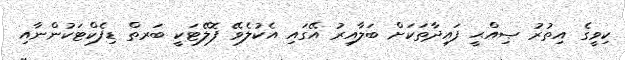
ކިވީގެ އިތުރު ޞިއްޙީ ފައިދާތަކަށް ބަލާއިރު އޭގައި އެކުލެވޭ ފޮލޭޓަކީ ބަރތް ޑިފެކްޓަކުންނާއި